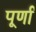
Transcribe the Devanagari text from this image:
पूर्णां